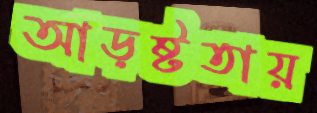
আড়ষ্টতায়